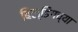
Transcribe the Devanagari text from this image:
बिल्डिंगच्या